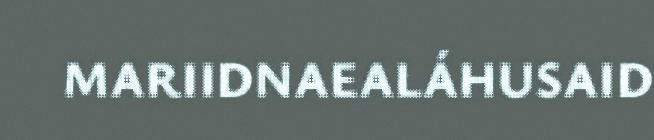
MARIIDNAEALÁHUSAID